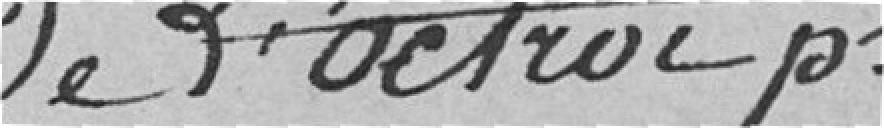
de l'Octroi pour